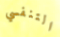
التنفسي